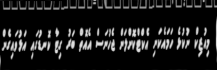
މިއުޒިކް ނުކުޅެ ހަމައެކަނި އެކްޓްކޮށްލަން ޖެހުނަސް އެއޮތް ބަރު ގިޓާ ކޮނޑުގައި އަޅުވައިގެން